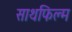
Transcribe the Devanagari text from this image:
साथफिल्म